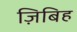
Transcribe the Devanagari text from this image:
ज़िबिह